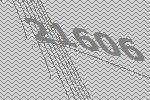
21606